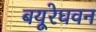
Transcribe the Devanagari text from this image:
बयूरेघवन